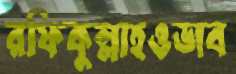
রফিকুল্লাহওভাব